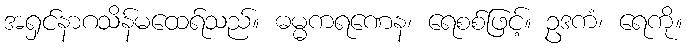
အရှင်နာဂသိန်မထေရ်သည်။ ဓမ္မကရဏေန၊ ရေစစ်ဖြင့်။ ဥဒကံ၊ ရေကို။